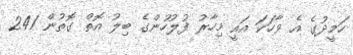
ހަމީދުގެ އެ ވާހަކަ އައީ މިހާރު ފުލުހުންގެ ބިލު އޮތް ގޮތުން 241